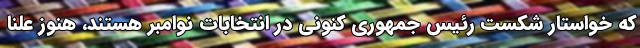
که خواستار شکست رئیس جمهوری کنونی در انتخابات نوامبر هستند، هنوز علنا